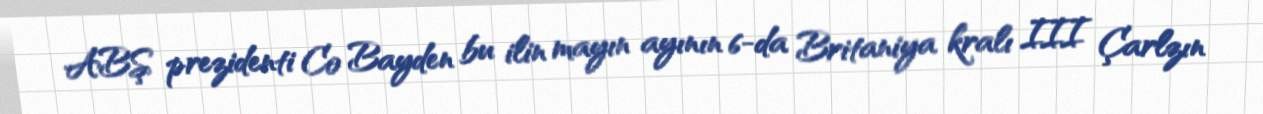
ABŞ prezidenti Co Bayden bu ilin mayın ayının 6-da Britaniya kralı III Çarlzın